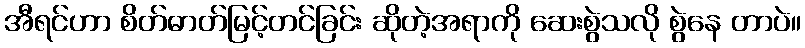
အီရင်ဟာ စိတ်ဓာတ်မြင့်တင်ခြင်း ဆိုတဲ့အရာကို ဆေးစွဲသလို စွဲနေ တာပဲ။